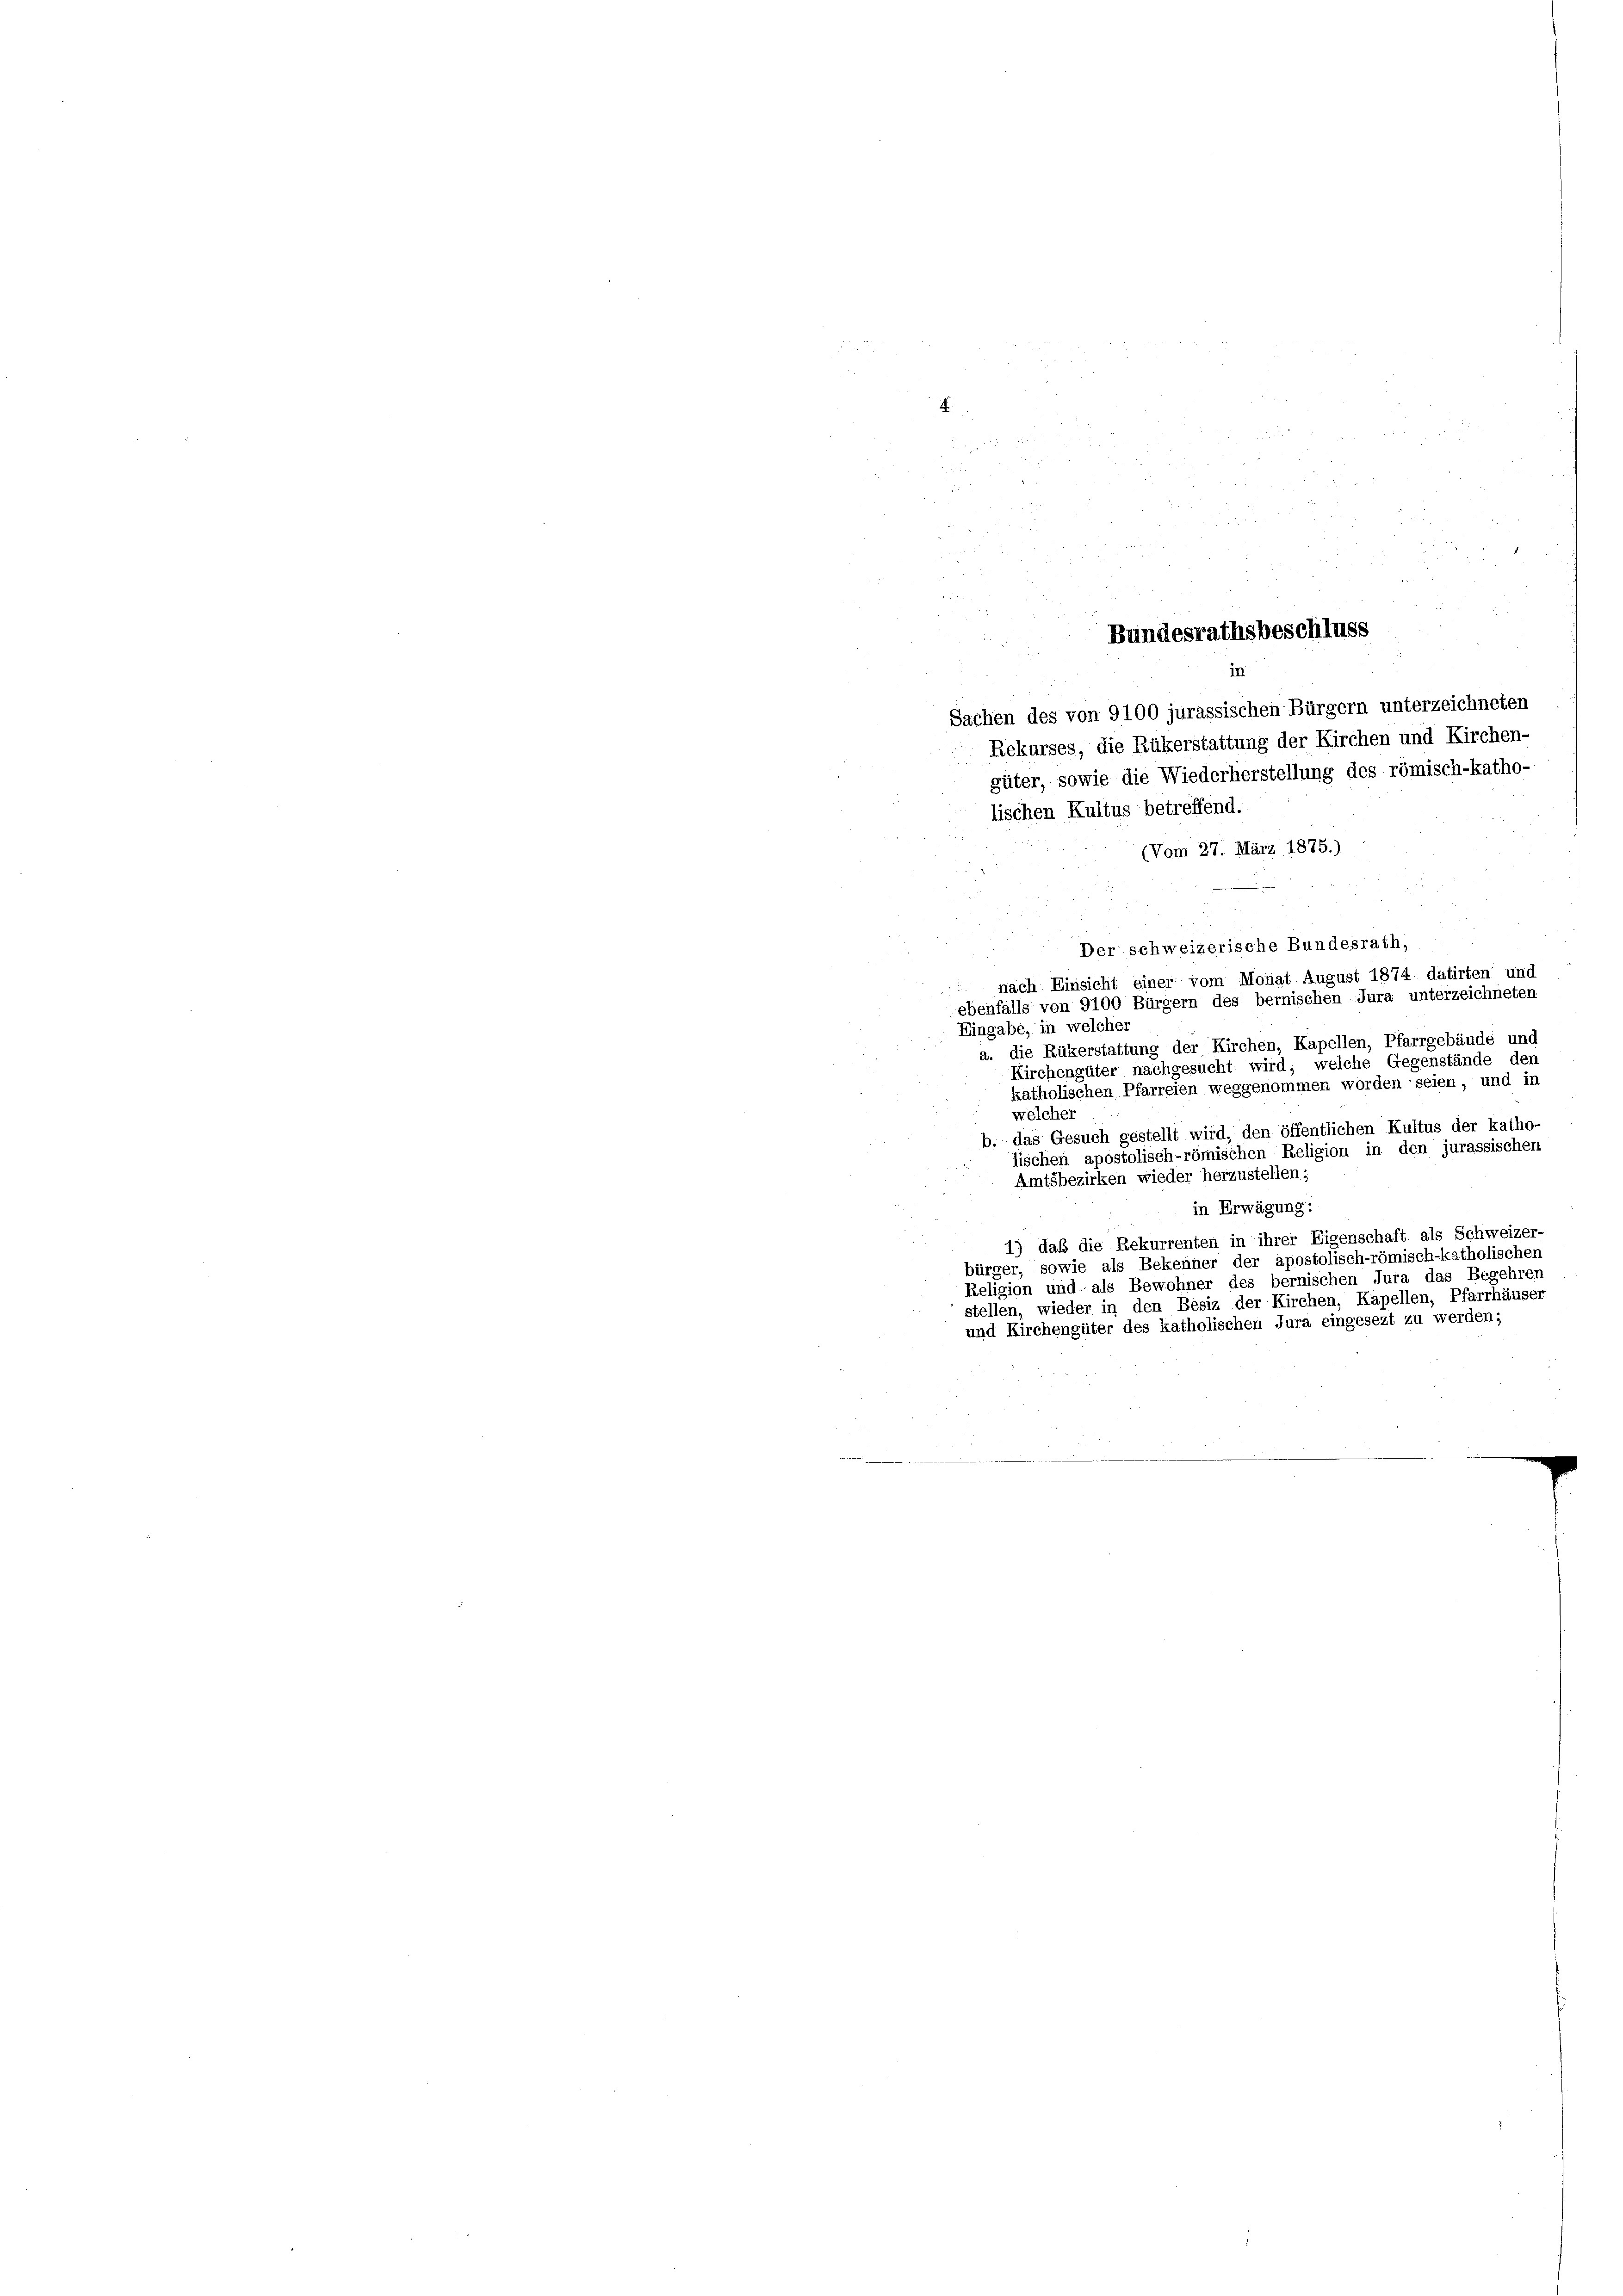
.

Sachen des von 9100 jurassischen Bürgern unterzeichneten
Rekurses, die Rükerstattung der Kirchen und Kirchen-
güter, sowie die Wiederherstellung des römisch-katho-
lischen Kultus betreffend.
(Vom 27. März 1875.)
Der schweizerische Bundesrath,
nach Einsicht einer vom Monat August 1874 datirten und
ebenfalls von 9100 Bürgern des berischen Jura unterzeichneten
Eingabe, in welcher
a. die Rükerstattung der Kirchen, Kapellen, Pfarrgebäude und
Kirchengüter nachgesucht wird, welche Gegenstände den
katholischen Pfarreien weggenommen worden seien, und in
welches
b. das Gesuch gestellt wird, den öffentlichen Kultus der katho-
lischen apostolisch-römischen Religion in den jurassischen
Amtsbezirken wieder herzustellen;
in Erwägung:
1) daß die Rekurrenten in ihrer Eigenschaft als Schweizer
bürger, sowie als Bekenner der apostolisch-römisch-katholischer
Religion und als Bewohner des bernischen Jura das Begehren
stellen, wieder in den Besiz der Kirchen, Kapellen, Pfarrhäuse
und Kirchengüter des katholischen Jura eingesezt zu werden;

Bundesrathsbeschluss
in